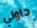
حاولي